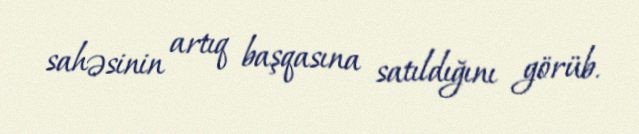
sahəsinin artıq başqasına satıldığını görüb.